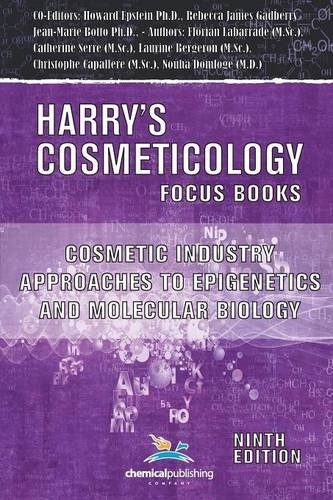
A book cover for Cosmetic Industry Approaches to Epigenetics and Molecular Biology (Harry's Cosmeticology 9th Ed.); Rebecca James Gadberry; Medical Books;